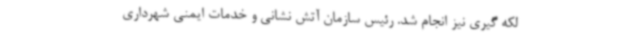
لکه گیری نیز انجام شد. رئیس سازمان آتش نشانی و خدمات ایمنی شهرداری